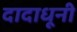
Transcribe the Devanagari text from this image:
दादाधूनी